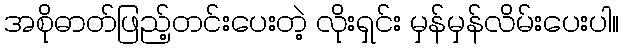
အစိုဓာတ်ဖြည့်တင်းပေးတဲ့ လိုးရှင်း မှန်မှန်လိမ်းပေးပါ။